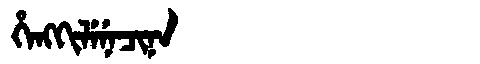
Manchu: ᡥᡝᠩᡴᡳᠯᡝᠨᡝᠴᡳᠨᠠ
Romanization: HENGKILENECINA